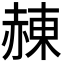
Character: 𧹩